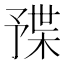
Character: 𣖦